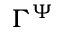
\Gamma ^ { \Psi }